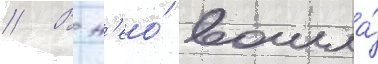
// В н'ео́ вошла́